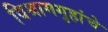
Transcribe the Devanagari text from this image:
विश्रामगृहांचे